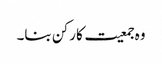
وہ جمعیت کا رکن بنا۔